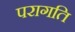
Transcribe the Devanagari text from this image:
परागति